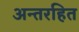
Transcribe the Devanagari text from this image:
अन्तरहित